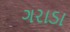
ગરાડા